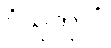
ပံသုကူလံ